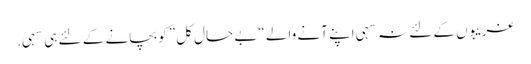
غریبوں کے لئے نہ سہی اپنے آنے والے “بے حال کل” کو بچانے کے لئے ہی سہی.